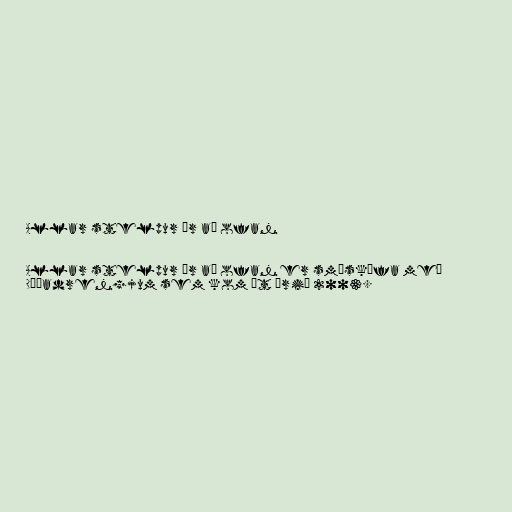
Allar stelpur úr að ofan

Allar stelpur úr að ofan er smáskífa með
Dáðadrengjum sem kom út árið 2003.